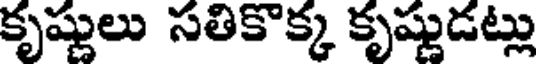
కృష్ణులు సతికొక్క కృష్ణుడట్లు